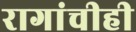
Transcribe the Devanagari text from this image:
रागांचीही